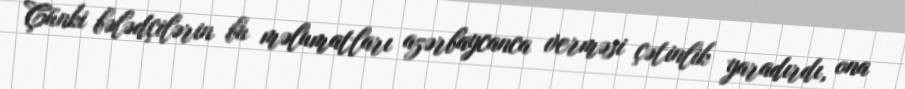
Çünki bələdçilərin bu məlumatları azərbaycanca verməsi çətinlik yaradırdı, ona